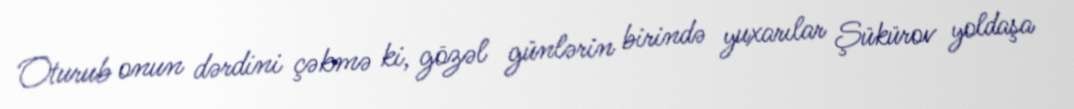
Oturub onun dərdini çəkmə ki, gözəl günlərin birində yuxarılar Şükürov yoldaşa